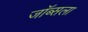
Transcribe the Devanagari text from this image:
जॉब्सला